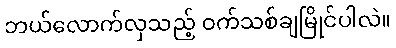
ဘယ်လောက်လှသည့် ဝက်သစ်ချမြိုင်ပါလဲ။